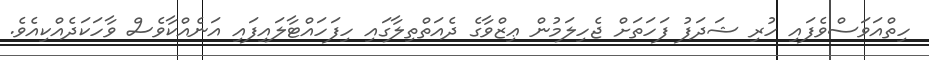
ހިތްއަވަސްވެފައި ހުރި ޝަދަފު ފަހަތަށް ޖެހިލަމުން ޢިޒްވާގެ ދެއަތްތިލާގައި ހިފަހައްޓާލައިފައި އަނެއްކާވެސް ވާހަކަދެއްކިއެވެ.